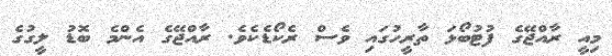
މިއީ ރާއްޖޭގެ ފުޓުބޯޅަ ތާރީހުގައި ވެސް ރެކޯޑެކެވެ. ރާއްޖޭގެ އެންމެ ބޮޑު ލީގުގެ